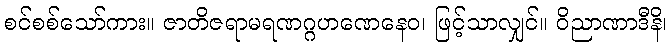
စင်စစ်သော်ကား။ ဇာတိဇရာမရဏဂ္ဂဟဏေနေဝ၊ ဖြင့်သာလျှင်။ ဝိညာဏာဒီနိ၊